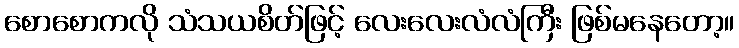
စောစောကလို သံသယစိတ်ဖြင့် လေးလေးလံလံကြီး ဖြစ်မနေတော့။